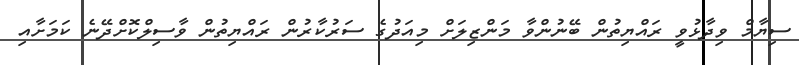
ސިޔާމް ވިދާޅުވީ ރައްޔިތުން ބޭނުންވާ މަންޒިލަށް މިއަދުގެ ސަރުކާރުން ރައްޔިތުން ވާސިލްކޮށްދޭނެ ކަމަށާއި